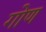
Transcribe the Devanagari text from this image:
गोण